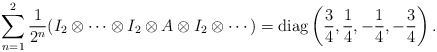
\begin{align*}\sum_{n=1}^2 \frac{1}{2^n} (I_2 \otimes \cdots \otimes I_2 \otimes A \otimes I_2 \otimes \cdots) = \mathrm{diag}\left(\frac{3}{4}, \frac{1}{4}, -\frac{1}{4}, -\frac{3}{4} \right).\end{align*}